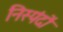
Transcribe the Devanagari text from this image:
निस्पंदों